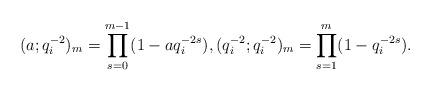
LaTeX: \begin{align*} (a; q_i^{-2})_m = \prod_{s=0}^{m-1} (1-a q_i^{-2s}),(q_i^{-2}; q_i^{-2})_m = \prod_{s=1}^{m} (1-q_i^{-2s}).\end{align*}